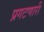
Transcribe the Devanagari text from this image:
प्रगटणारी